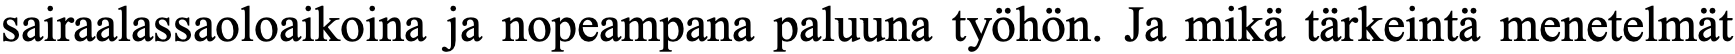
sairaalassaoloaikoina ja nopeampana paluuna työhön. Ja mikä tärkeintä menetelmät